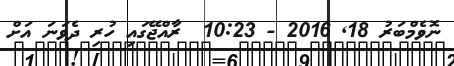
ނޮވެމްބަރު 18